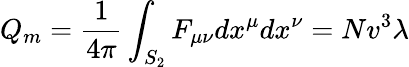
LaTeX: Q_{m}={\frac{1}{4\pi}}\int_{S_{2}}F_{\mu\nu}dx^{\mu}dx^{\nu}=Nv^{3}\lambda